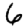
Digit: 6